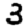
Digit: 3